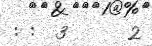
: :  3      2